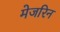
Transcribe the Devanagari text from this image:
मेजरिन